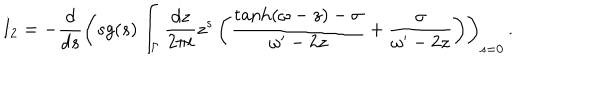
I _ { 2 } = - \frac { d } { d s } \left( s g ( s ) \int _ { \Gamma } \frac { d z } { 2 \pi i } z ^ { s } \left( \frac { \tanh ( \omega - z ) - \sigma } { \omega ^ { \prime } - 2 z } + \frac { \sigma } { \omega ^ { \prime } - 2 z } \right) \right) _ { s = 0 } \, .